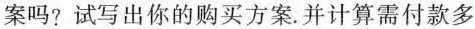
案吗?试写出你的购买方案。并计算需付款多